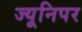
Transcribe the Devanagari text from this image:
ज्यूनिपर